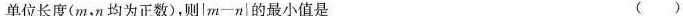
单位长度(m，n均为正数)，则$$| m - n |$$的最小值是 ( )